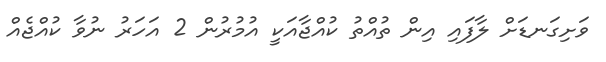
ވަށިގަނޑަށް ލާފައި އިން ތުއްތު ކުއްޖާއަކީ އުމުރުން 2 އަހަރު ނުވާ ކުއްޖެއް